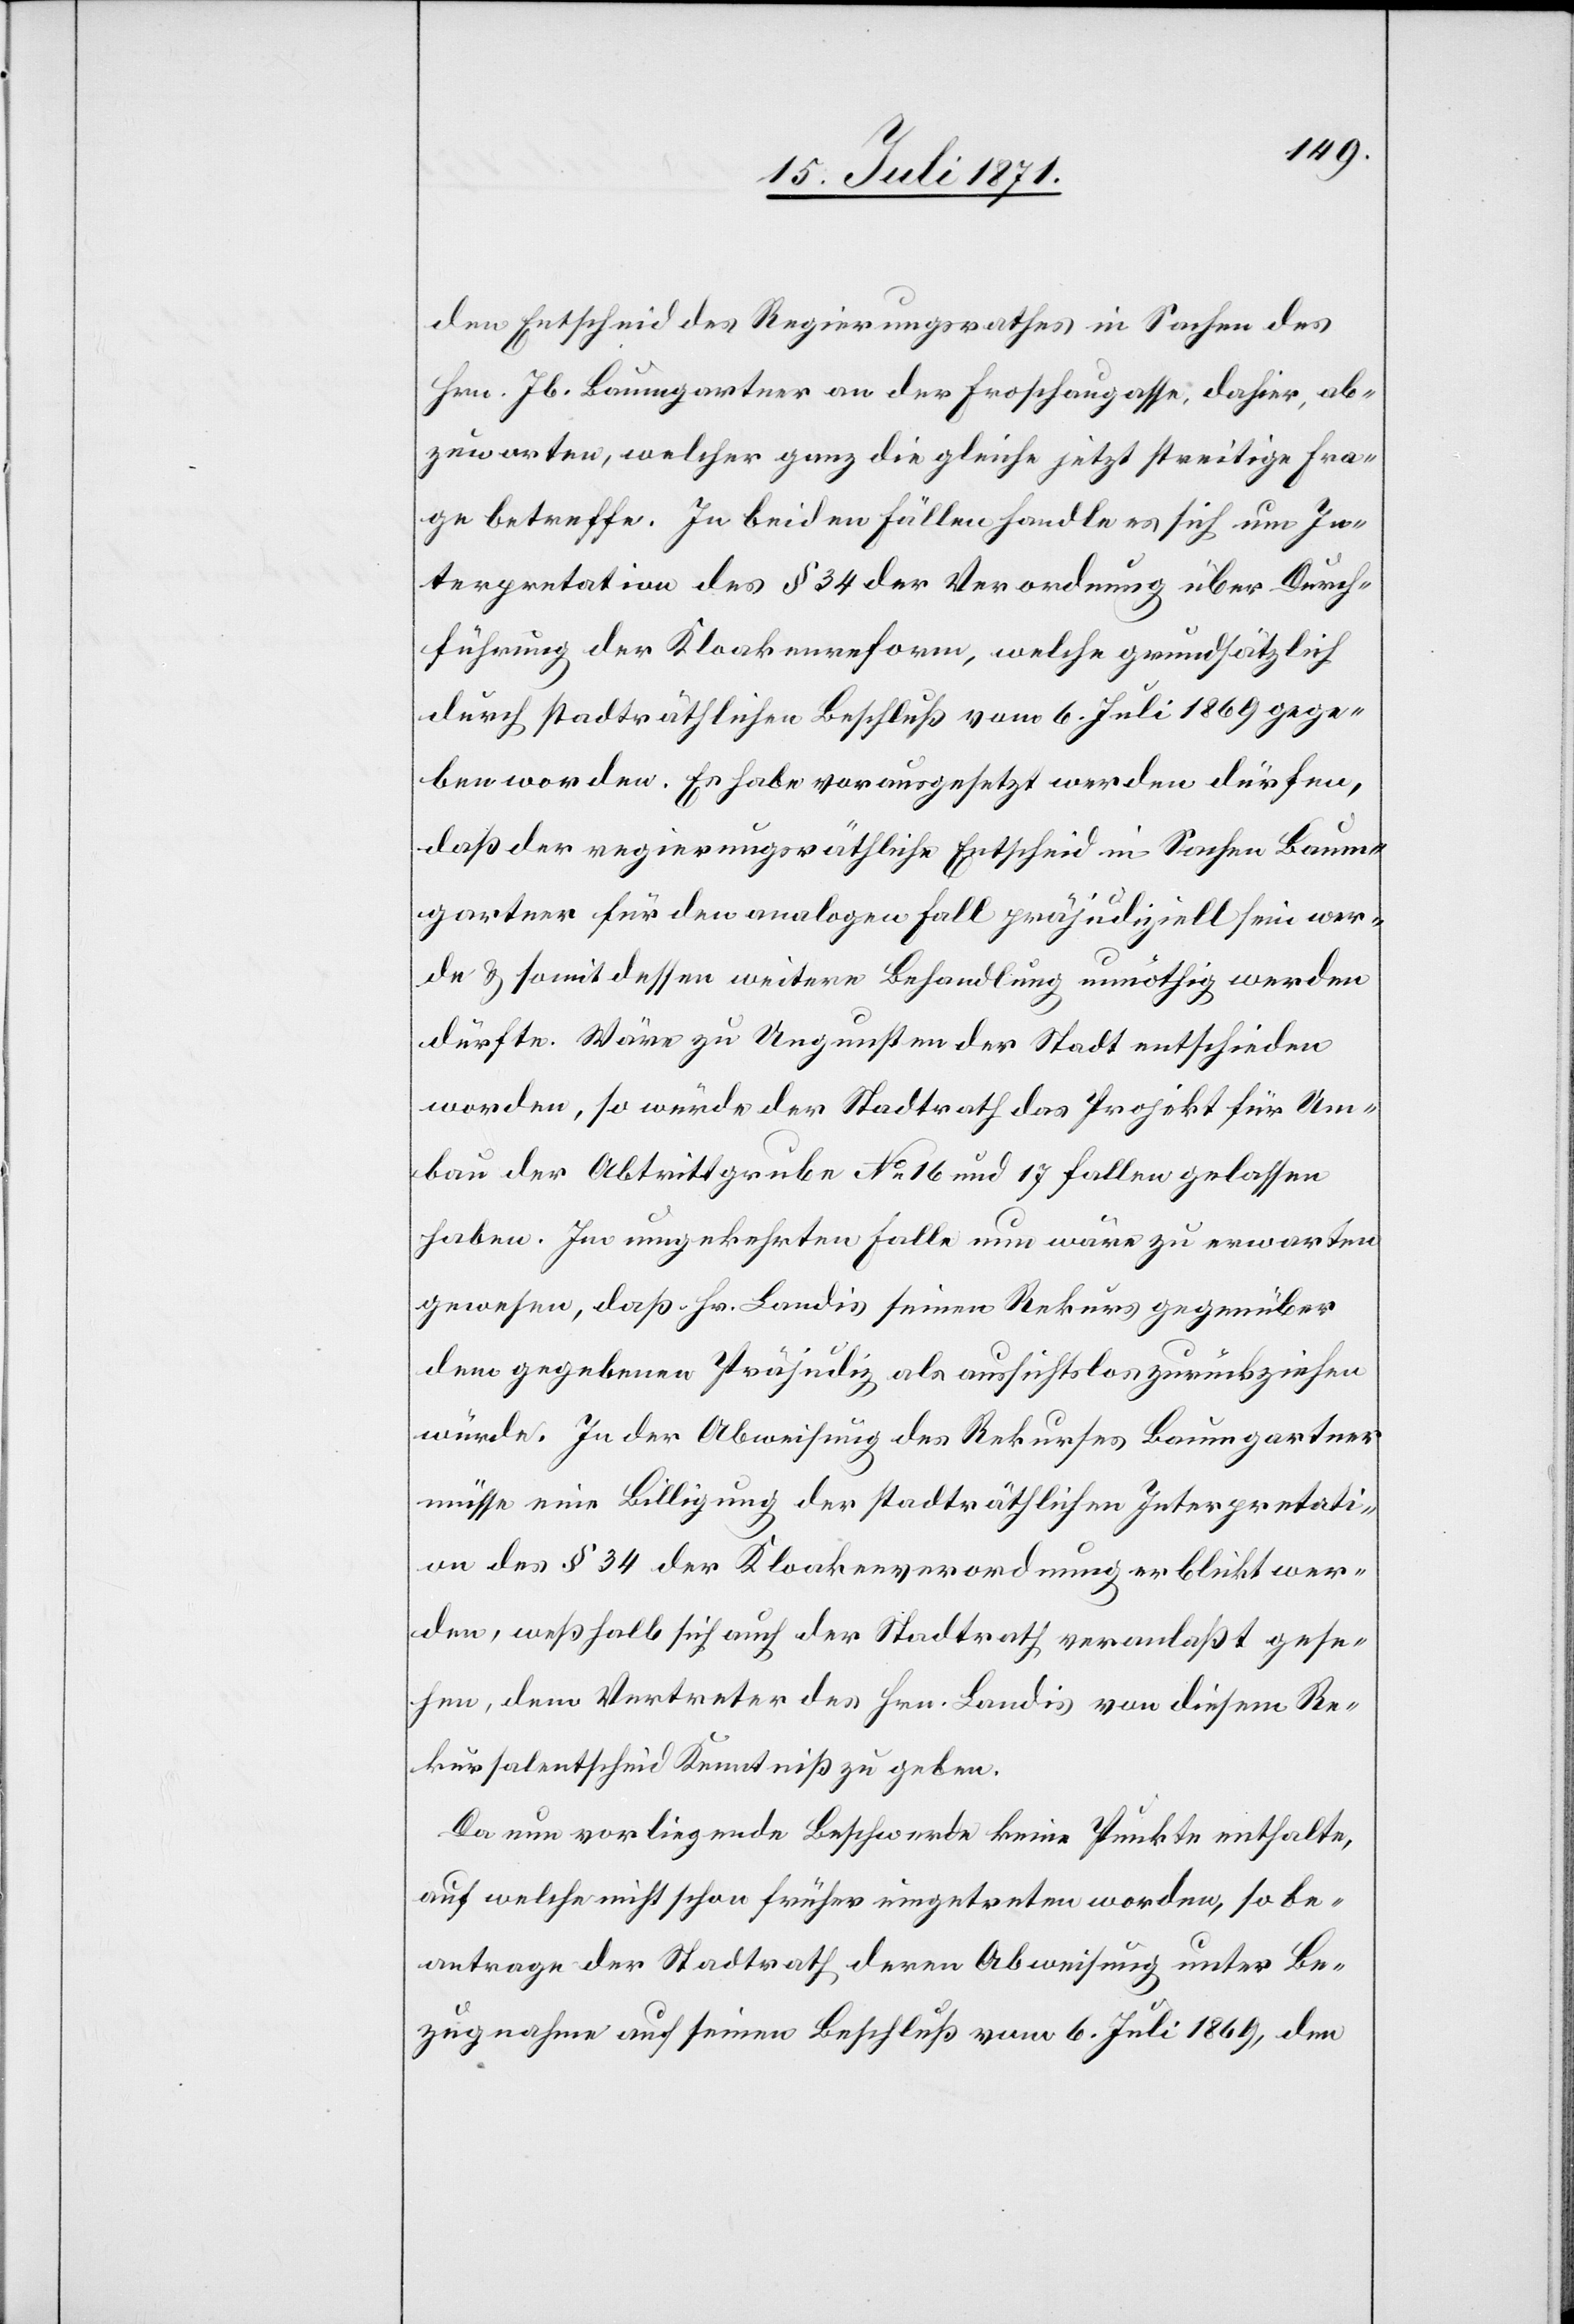
den Entscheid des Regierungsrathes in Sachen des
Hrn. Jb. Baumgartner an der Froschaugasse, dahier, ab¬
zuwarten, welcher ganz die gleiche jetzt streitige Fra¬
ge betreffe. In beiden Fällen handle es sich um In¬
terpretation des § 34 der Verordnung über Durch¬
führung der Kloakenreform, welche grundsätzlich
durch stadträthlichen Beschluß vom 6. Juli 1869 gege¬
ben worden. Es habe vorausgesetzt werden dürfen,
daß der regierungsräthliche Entscheid in Sachen Baum¬
gartner für den analogen Fall präjudiziell sein wer¬
de u. somit dessen weitere Behandlung unnöthig werden
dürfte. Wäre zu Ungunsten der Stadt entschieden
worden, so würde der Stadtrath das Projekt für Um¬
bau der Abtrittgrube No. 16 und 17 fallen gelassen
haben. Im umgekehrten Falle nun wäre zu erwarten
gewesen, daß Hr. Landis seinen Rekurs gegenüber
dem gegebenen Präjudiz als aussichtslos zurückziehen
würde. In der Abweisung des Rekurses Baumgartner
müsse eine Billigung der stadträthlichen Interpretati¬
on des § 34 der Kloakenverordnung erblickt wer¬
den, weßhalb sich auch der Stadtrath veranlaßt gese¬
hen, dem Vertreter des Hrn. Landis von diesem Re¬
kursalentscheid Kenntniß zu geben.
Da nun vorliegende Beschwerde keine Punkte enthalte,
auf welche nicht schon früher eingetreten worden, so be¬
antrage der Stadtrath deren Abweisung unter Be¬
zugnahme auf seinen Beschluß vom 6. Juli 1869, den